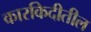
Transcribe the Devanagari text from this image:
कारकिदीतील